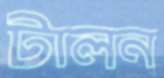
টালন